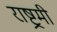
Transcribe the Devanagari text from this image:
राष्ट्रमी